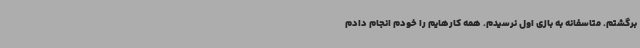
برگشتم. متاسفانه به بازی اول نرسیدم. همه کارهایم را خودم انجام دادم